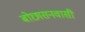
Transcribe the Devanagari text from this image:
बोछासनवासी